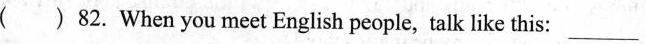
( ) 82.When you meet English people， talk like this: ___